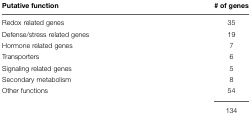
<table><thead><tr><td><b>Putative function</b></td><td><b># of genes</b></td></tr></thead><tbody><tr><td>Redox related genes</td><td>35</td></tr><tr><td>Defense/stress related genes</td><td>19</td></tr><tr><td>Hormone related genes</td><td>7</td></tr><tr><td>Transporters</td><td>6</td></tr><tr><td>Signaling related genes</td><td>5</td></tr><tr><td>Secondary metabolism</td><td>8</td></tr><tr><td>Other functions</td><td>54</td></tr><tr><td></td><td>134</td></tr></tbody></table>